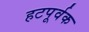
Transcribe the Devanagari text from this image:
हटपूर्वक